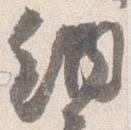
納